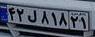
۴۲ل۸۱۸۲۱